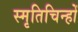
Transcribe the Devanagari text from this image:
स्मृतिचिन्हों